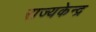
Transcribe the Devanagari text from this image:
राज्यकेन्द्र